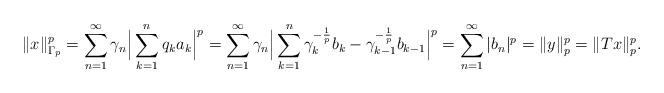
LaTeX: \begin{align*}\|x\|_{\Gamma_p}^p&=\displaystyle\sum_{n=1}^{\infty}\gamma_{n} \Big|\displaystyle\sum_{k=1}^{n}q_ka_{k}\Big|^{p}=\displaystyle\sum_{n=1}^{\infty}\gamma_{n} \Big|\displaystyle\sum_{k=1}^{n}\gamma_k^{-\frac{1}{p}}b_k-\gamma_{k-1}^{-\frac{1}{p}}b_{k-1}\Big|^{p}= \sum_{n=1}^{\infty}|b_n|^p=\|y\|_p^p=\|Tx\|_p^p.\end{align*}